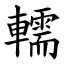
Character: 轜